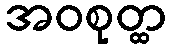
အဝစုတ္ထ